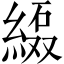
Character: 𱹻